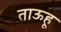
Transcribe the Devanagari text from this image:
ताऊहू